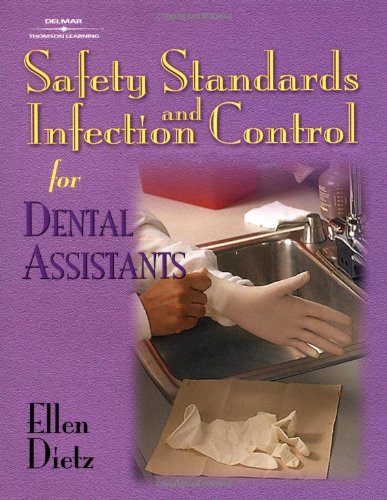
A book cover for Safety Standards and Infection Control for Dental Assistants; Ellen Dietz-Bourguignon; Medical Books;